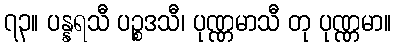
၇၃။ ပန္နရသီ ပဉ္စဒသီ၊ ပုဏ္ဏမာသီ တု ပုဏ္ဏမာ။